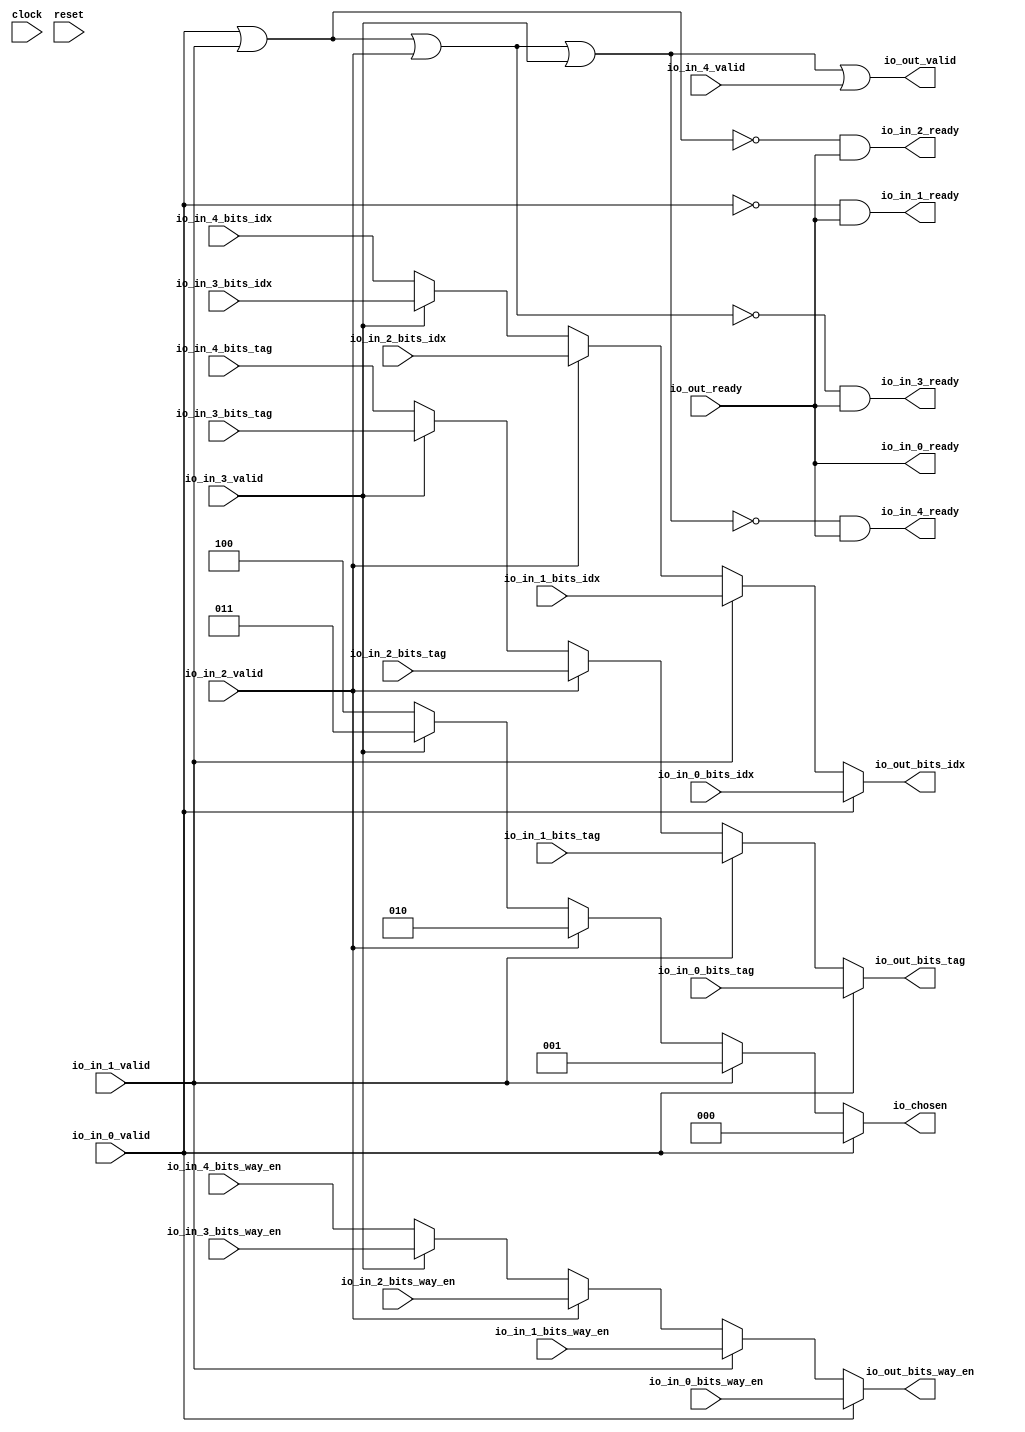
module Arbiter_7(
  input   clock,
  input   reset,
  output  io_in_0_ready,
  input   io_in_0_valid,
  input  [5:0] io_in_0_bits_idx,
  input  [3:0] io_in_0_bits_way_en,
  input  [19:0] io_in_0_bits_tag,
  output  io_in_1_ready,
  input   io_in_1_valid,
  input  [5:0] io_in_1_bits_idx,
  input  [3:0] io_in_1_bits_way_en,
  input  [19:0] io_in_1_bits_tag,
  output  io_in_2_ready,
  input   io_in_2_valid,
  input  [5:0] io_in_2_bits_idx,
  input  [3:0] io_in_2_bits_way_en,
  input  [19:0] io_in_2_bits_tag,
  output  io_in_3_ready,
  input   io_in_3_valid,
  input  [5:0] io_in_3_bits_idx,
  input  [3:0] io_in_3_bits_way_en,
  input  [19:0] io_in_3_bits_tag,
  output  io_in_4_ready,
  input   io_in_4_valid,
  input  [5:0] io_in_4_bits_idx,
  input  [3:0] io_in_4_bits_way_en,
  input  [19:0] io_in_4_bits_tag,
  input   io_out_ready,
  output  io_out_valid,
  output [5:0] io_out_bits_idx,
  output [3:0] io_out_bits_way_en,
  output [19:0] io_out_bits_tag,
  output [2:0] io_chosen
);
  wire [2:0] _GEN_0;
  wire [5:0] _GEN_1;
  wire [3:0] _GEN_2;
  wire [19:0] _GEN_3;
  wire [2:0] _GEN_4;
  wire [5:0] _GEN_5;
  wire [3:0] _GEN_6;
  wire [19:0] _GEN_7;
  wire [2:0] _GEN_8;
  wire [5:0] _GEN_9;
  wire [3:0] _GEN_10;
  wire [19:0] _GEN_11;
  wire [2:0] _GEN_12;
  wire [5:0] _GEN_13;
  wire [3:0] _GEN_14;
  wire [19:0] _GEN_15;
  wire  _T_184;
  wire  _T_185;
  wire  _T_186;
  wire  _T_188;
  wire  _T_190;
  wire  _T_192;
  wire  _T_194;
  wire  _T_196;
  wire  _T_197;
  wire  _T_198;
  wire  _T_199;
  wire  _T_201;
  wire  _T_202;
  assign io_in_0_ready = io_out_ready;
  assign io_in_1_ready = _T_196;
  assign io_in_2_ready = _T_197;
  assign io_in_3_ready = _T_198;
  assign io_in_4_ready = _T_199;
  assign io_out_valid = _T_202;
  assign io_out_bits_idx = _GEN_13;
  assign io_out_bits_way_en = _GEN_14;
  assign io_out_bits_tag = _GEN_15;
  assign io_chosen = _GEN_12;
  assign _GEN_0 = io_in_3_valid ? 3'h3 : 3'h4;
  assign _GEN_1 = io_in_3_valid ? io_in_3_bits_idx : io_in_4_bits_idx;
  assign _GEN_2 = io_in_3_valid ? io_in_3_bits_way_en : io_in_4_bits_way_en;
  assign _GEN_3 = io_in_3_valid ? io_in_3_bits_tag : io_in_4_bits_tag;
  assign _GEN_4 = io_in_2_valid ? 3'h2 : _GEN_0;
  assign _GEN_5 = io_in_2_valid ? io_in_2_bits_idx : _GEN_1;
  assign _GEN_6 = io_in_2_valid ? io_in_2_bits_way_en : _GEN_2;
  assign _GEN_7 = io_in_2_valid ? io_in_2_bits_tag : _GEN_3;
  assign _GEN_8 = io_in_1_valid ? 3'h1 : _GEN_4;
  assign _GEN_9 = io_in_1_valid ? io_in_1_bits_idx : _GEN_5;
  assign _GEN_10 = io_in_1_valid ? io_in_1_bits_way_en : _GEN_6;
  assign _GEN_11 = io_in_1_valid ? io_in_1_bits_tag : _GEN_7;
  assign _GEN_12 = io_in_0_valid ? 3'h0 : _GEN_8;
  assign _GEN_13 = io_in_0_valid ? io_in_0_bits_idx : _GEN_9;
  assign _GEN_14 = io_in_0_valid ? io_in_0_bits_way_en : _GEN_10;
  assign _GEN_15 = io_in_0_valid ? io_in_0_bits_tag : _GEN_11;
  assign _T_184 = io_in_0_valid | io_in_1_valid;
  assign _T_185 = _T_184 | io_in_2_valid;
  assign _T_186 = _T_185 | io_in_3_valid;
  assign _T_188 = io_in_0_valid == 1'h0;
  assign _T_190 = _T_184 == 1'h0;
  assign _T_192 = _T_185 == 1'h0;
  assign _T_194 = _T_186 == 1'h0;
  assign _T_196 = _T_188 & io_out_ready;
  assign _T_197 = _T_190 & io_out_ready;
  assign _T_198 = _T_192 & io_out_ready;
  assign _T_199 = _T_194 & io_out_ready;
  assign _T_201 = _T_194 == 1'h0;
  assign _T_202 = _T_201 | io_in_4_valid;
endmodule